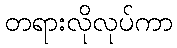
တရားလိုလုပ်ကာ